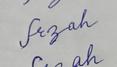
Signature authenticity: forged